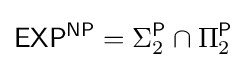
{\mathsf {EXP^{NP}}}=\Sigma _{2}^{\mathsf {P}}\cap \Pi _{2}^{\mathsf {P}}